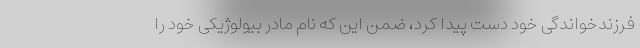
فرزندخواندگی خود دست پیدا کرد، ضمن این که نام مادر بیولوژیکی خود را